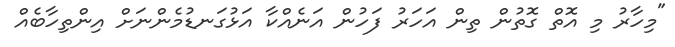
"މިހާރު މި އޮތް ގޮތުން ތިން އަހަރު ފަހުން އަނެއްކާ އަޅުގަނޑުމެންނަށް އިންތިހާބެއް